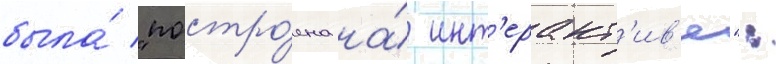
была́ "постро́ена на́ инт'еракт'ив'е":